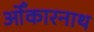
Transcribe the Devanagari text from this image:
ओँकारनाथ